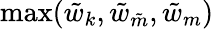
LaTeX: \operatorname*{max}(\tilde{w}_{k},\tilde{w}_{\tilde{m}},\tilde{w}_{m})